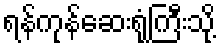
ရန်ကုန်ဆေးရုံကြီးသို့